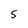
Character: 5